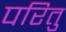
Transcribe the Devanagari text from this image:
परितु